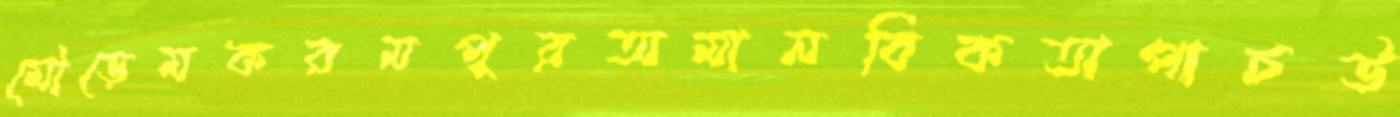
মৌড়েমকরমপুরঅমানবিকতাপাচউ